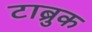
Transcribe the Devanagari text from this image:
टाब्रुक